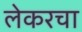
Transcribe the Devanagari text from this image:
लेकरचा